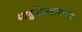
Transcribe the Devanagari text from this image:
पार्श्वगायकासाठीचा